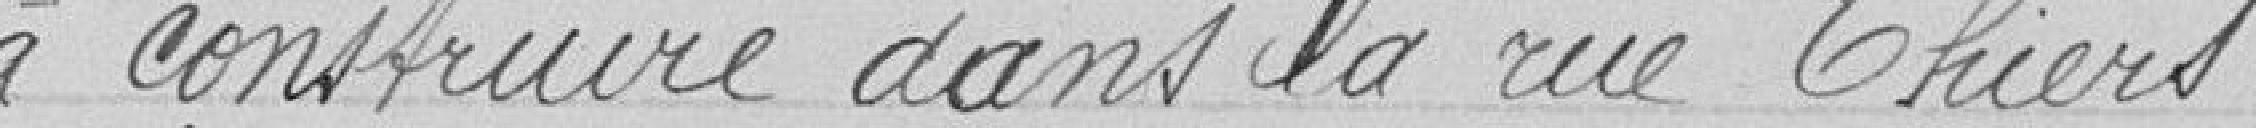
à construire dans la rue Thiers.